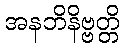
အနဘိနိဗ္ဗတ္တိ